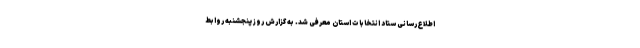
اطلاع‌رسانی ستاد انتخابات استان معرفی شد. به گزارش روز پنجشنبه روابط